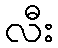
လီး